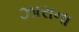
ઝારાના